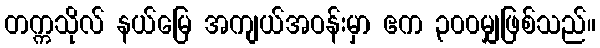
တက္ကသိုလ် နယ်မြေ အကျယ်အဝန်းမှာ ဧက ၃၀၀မျှဖြစ်သည်။